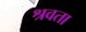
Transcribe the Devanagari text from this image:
श्रवता